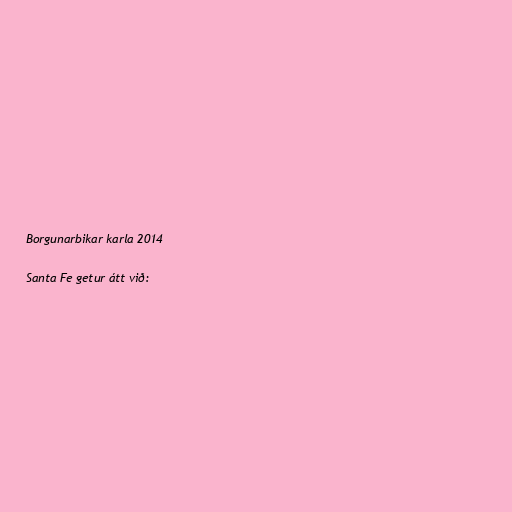
Borgunarbikar karla 2014

Santa Fe getur átt við: